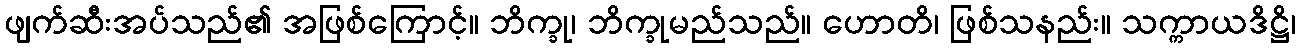
ဖျက်ဆီးအပ်သည်၏ အဖြစ်ကြောင့်။ ဘိက္ခု၊ ဘိက္ခုမည်သည်။ ဟောတိ၊ ဖြစ်သနည်း။ သက္ကာယဒိဋ္ဌိ၊